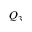
Q _ { 3 }